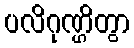
ပလိဂုဏ္ဌိတွာ